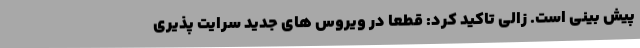
پیش بینی است. زالی تاکید کرد: قطعا در ویروس های جدید سرایت پذیری